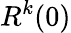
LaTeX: R^{k}{(0)}